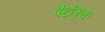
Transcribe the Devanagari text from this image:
पैटरिक